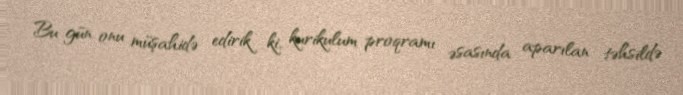
Bu gün onu müşahidə edirik ki, kurikulum proqramı əsasında aparılan təhsildə